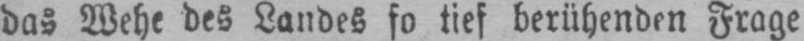
das Wehe des Landes so tief berühenden Frage